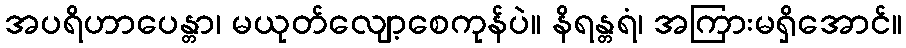
အပရိဟာပေန္တာ၊ မယုတ်လျော့စေကုန်ပဲ။ နိရန္တရံ၊ အကြားမရှိအောင်။